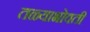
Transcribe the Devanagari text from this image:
तळ्याभोवती